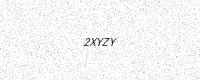
Text: 2XYZY